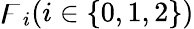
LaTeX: \digamma_{i}(i\in\{ 0,1,2\} )